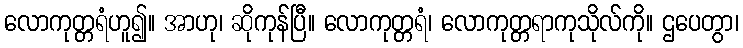
လောကုတ္တရံဟူ၍။ အာဟု၊ ဆိုကုန်ပြီ။ လောကုတ္တရံ၊ လောကုတ္တရာကုသိုလ်ကို။ ဌပေတွာ၊